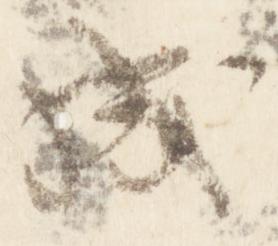
成